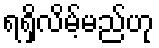
ရရှိလိမ့်မည်ဟု